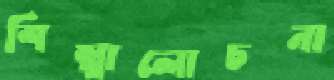
শিল্পালোচনা